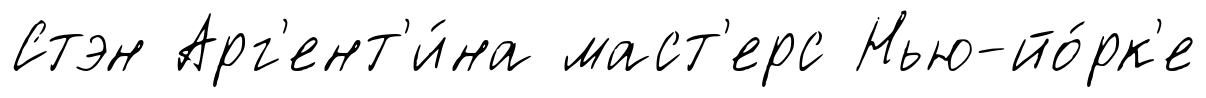
Стэн Арг'ент'и́на маст'ерс Нью-йо́рк'е